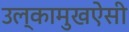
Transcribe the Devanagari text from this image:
उल्कामुखऐसी